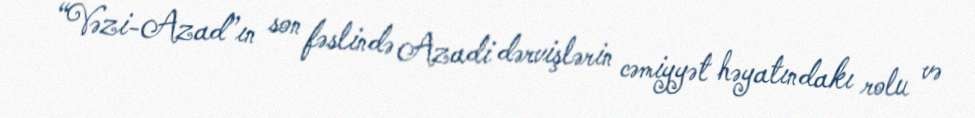
“Vəzi-Azad”ın son fəslində Azadi dərvişlərin cəmiyyət həyatındakı rolu və